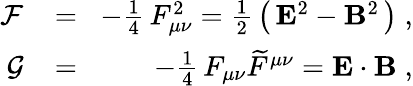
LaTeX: \begin{array}{rlr}{{\cal F}\! }&{{}=}&{\! -\frac{1}{4}\, F_{\mu\nu}^{2}=\frac{1}{2}\, \left(\, {\mathbf E}^{2}-{\mathbf B}^{2}\, \right)\; ,}\\ {{\cal G}\! }&{{}=}&{\! -\frac{1}{4}\, F_{\mu\nu}\widetilde{F}^{\mu\nu}={\mathbf E}\cdot{\mathbf B}\; ,}\end{array}